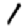
Digit: 1